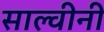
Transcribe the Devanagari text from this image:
साल्वीनी